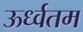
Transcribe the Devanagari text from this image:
ऊर्ध्वतम